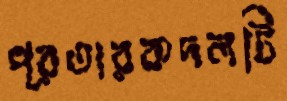
প্রতারকদলটি